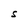
Character: S